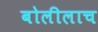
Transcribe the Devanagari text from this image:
बोलीलाच